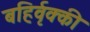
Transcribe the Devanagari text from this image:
बहिर्वृक्की